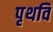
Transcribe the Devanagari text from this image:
पृथवि